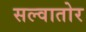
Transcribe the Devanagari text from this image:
सल्वातोर